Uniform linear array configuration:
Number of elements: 32
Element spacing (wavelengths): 1
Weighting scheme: hamming
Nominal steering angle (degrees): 45
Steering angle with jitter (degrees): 45.2
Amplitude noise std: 0.05
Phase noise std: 0.05

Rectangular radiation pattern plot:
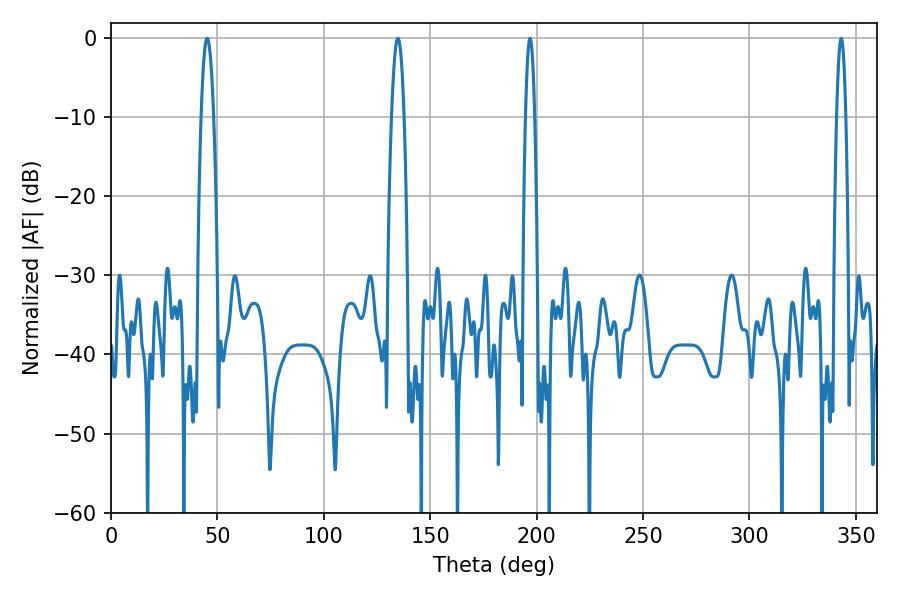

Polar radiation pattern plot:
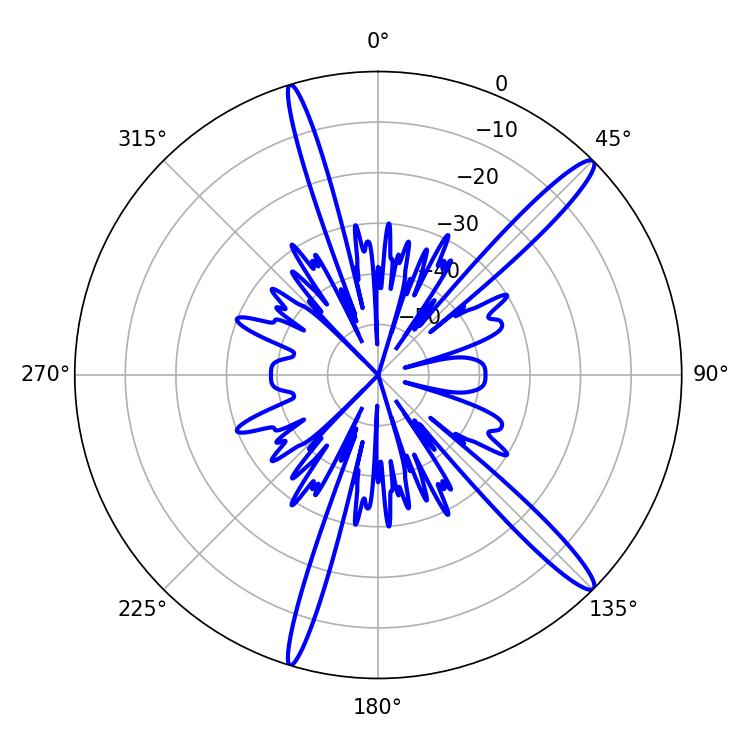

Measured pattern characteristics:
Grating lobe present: TRUE
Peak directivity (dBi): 15.158
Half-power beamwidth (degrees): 3.24
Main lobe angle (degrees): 45.18